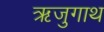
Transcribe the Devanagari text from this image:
ऋजुगाथ